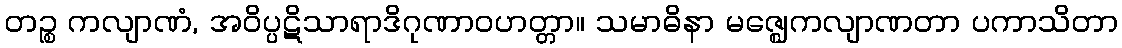
တဉ္စ ကလျာဏံ, အဝိပ္ပဋိသာရာဒိဂုဏာဝဟတ္တာ။ သမာဓိနာ မဇ္ဈေကလျာဏတာ ပကာသိတာ